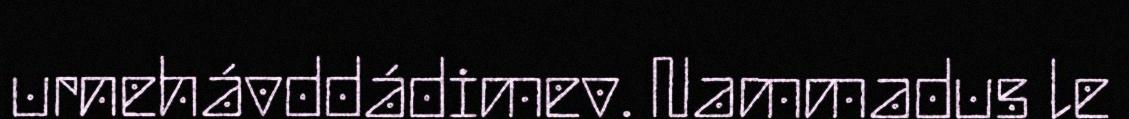
urnehávddádimev. Nammadus le